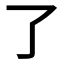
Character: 了